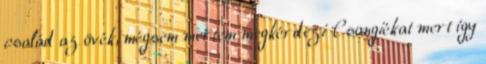
család az övék, mégsem mertem megkérdezi Csongiékat mert így